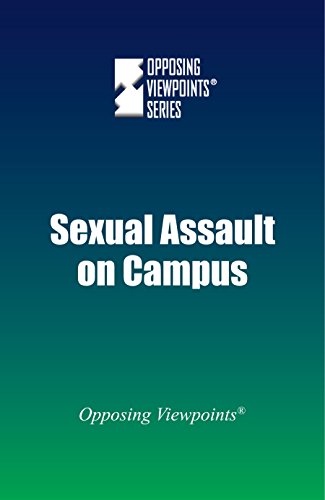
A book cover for Sexual Assault on Campus (Opposing Viewpoints); Teen & Young Adult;